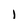
Character: l